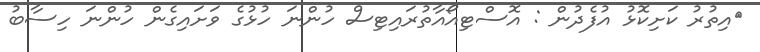
އިތުރު ކަށިކޮޅު އުފެދުން : އޮސްޓިއޯއާތުރައިޓިސް ހުންނަ ހުޅުގެ ވަށައިގެން ހުންނަ ހިސާބު